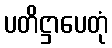
ပတိဋ္ဌာပေတုံ